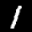
Label: 1